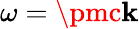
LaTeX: \omega=\pmc\mathbf{k}